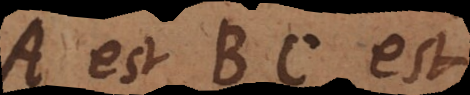
A est BC est